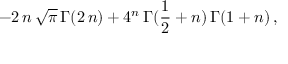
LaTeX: - 2 \, n \, { \sqrt { \pi } } \, { \Gamma } ( 2 \, n ) + { 4 ^ { n } } \, { \Gamma } ( { \frac { 1 } { 2 } } + n ) \, { \Gamma } ( 1 + n ) \, ,